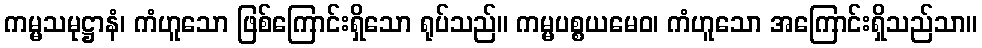
ကမ္မသမုဋ္ဌာနံ၊ ကံဟူသော ဖြစ်ကြောင်းရှိသော ရုပ်သည်။ ကမ္မပစ္စယမေဝ၊ ကံဟူသော အကြောင်းရှိသည်သာ။